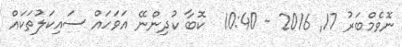
ނޮވެމްބަރު 17